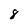
Character: 8